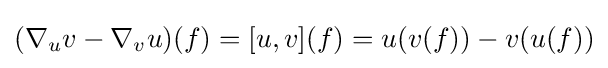
(\nabla _{u}v-\nabla _{v}u)(f)=[u,v](f)=u(v(f))-v(u(f))